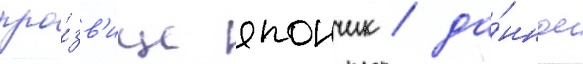
про́зв'ище япончик / да́нное